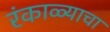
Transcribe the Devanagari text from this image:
रंकाळ्याचा